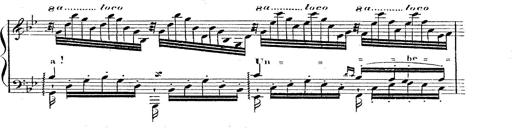
Title: 12 Lieder von Franz Schubert
Composer: Franz Liszt